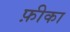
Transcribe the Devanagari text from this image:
फ़ीका